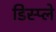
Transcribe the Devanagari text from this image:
डिस्‍प्ले